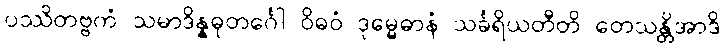
ပဿိတဗ္ဗကံ သမာဒိန္နဓုတင်္ဂေါ ဝိဓဝံ ဒုမ္မေဓာနံ သင်္ခရိယတီတိ တေသန္တိအာဒိ